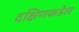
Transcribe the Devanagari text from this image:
दक्षिणकडेल